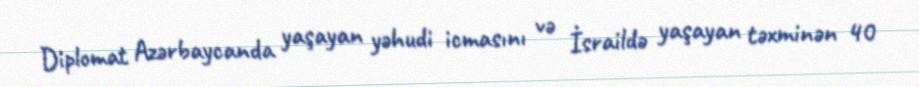
Diplomat Azərbaycanda yaşayan yəhudi icmasını və İsraildə yaşayan təxminən 40